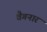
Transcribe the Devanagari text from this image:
वैगनार